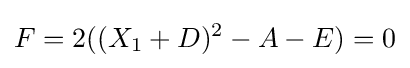
F=2((X_{1}+D)^{2}-A-E)=0